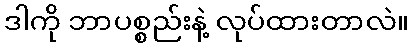
ဒါကို ဘာပစ္စည်းနဲ့ လုပ်ထားတာလဲ။